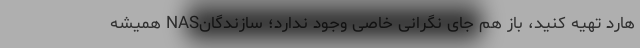
هارد تهیه کنید، باز هم جای نگرانی خاصی وجود ندارد؛ سازندگانNAS همیشه